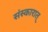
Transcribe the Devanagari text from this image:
संस्कारात्